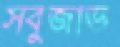
সবুজাভ